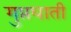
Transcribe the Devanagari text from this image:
गुप्तघाती